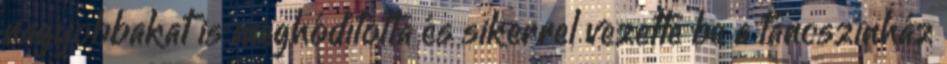
nagyobbakat is meghódította és sikerrel vezette be a táncszínház